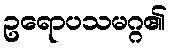
ဥရောပသမဂ္ဂ၏